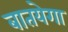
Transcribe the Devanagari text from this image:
बातयेगा